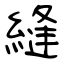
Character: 縫